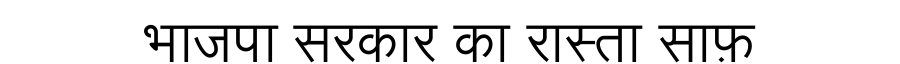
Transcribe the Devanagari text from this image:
भाजपा सरकार का रास्ता साफ़